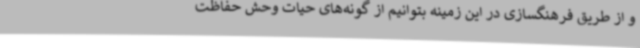
و از طریق فرهنگسازی در این زمینه بتوانیم از گونه‌های حیات وحش حفاظت